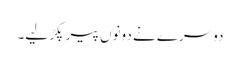
دوسرے نے دونوں پیر پکڑ لیے۔